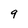
Character: 9